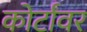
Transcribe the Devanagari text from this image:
कोर्टांवर